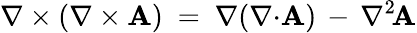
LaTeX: \nabla\times\left(\nabla\times\mathbf{A}\right)\ =\ \nabla(\nabla{\cdot}\mathbf{A})\, -\, \nabla^{2\! }\mathbf{A}